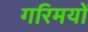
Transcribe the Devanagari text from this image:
गरिमयों